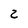
Character: 2